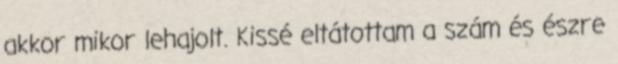
akkor mikor lehajolt. Kissé eltátottam a szám és észre